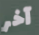
آخر